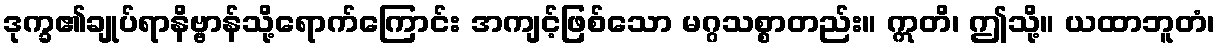
ဒုက္ခ၏ချုပ်ရာနိဗ္ဗာန်သို့ရောက်ကြောင်း အကျင့်ဖြစ်သော မဂ္ဂသစ္စာတည်း။ ဣတိ၊ ဤသို့။ ယထာဘူတံ၊